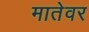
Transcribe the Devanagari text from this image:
मातेवर